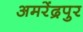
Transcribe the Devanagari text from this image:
अमरेंद्रपुर